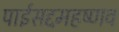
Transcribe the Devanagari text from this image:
पाईसद्दमहष्णव